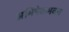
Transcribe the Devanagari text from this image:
अभिषेकभवन